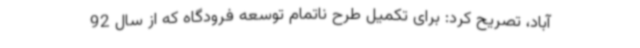
‌آباد، تصریح کرد: برای تکمیل طرح ناتمام توسعه فرودگاه که از سال 92